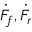
\dot { F } _ { f } , \dot { F } _ { r }